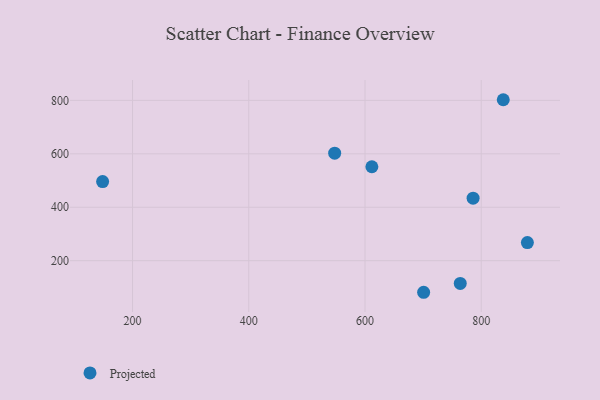
{"axis": {"x": "Investment", "y": "Rating"}, "legend": ["Projected"], "data": [{"x": "879.4", "y": 267.8, "type": "Projected"}, {"x": "786.0", "y": 434.1, "type": "Projected"}, {"x": "611.8", "y": 551.7, "type": "Projected"}, {"x": "547.8", "y": 602.3, "type": "Projected"}, {"x": "763.9", "y": 114.9, "type": "Projected"}, {"x": "148.5", "y": 496.1, "type": "Projected"}, {"x": "700.9", "y": 81.8, "type": "Projected"}, {"x": "837.9", "y": 802.5, "type": "Projected"}]}